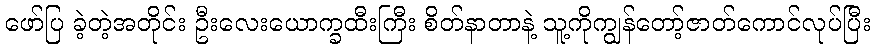
ဖော်ပြ ခဲ့တဲ့အတိုင်း ဦးလေးယောက္ခထီးကြီး စိတ်နာတာနဲ့ သူ့ကိုကျွန်တော့်ဇာတ်ကောင်လုပ်ပြီး